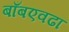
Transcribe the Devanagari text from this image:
बाँबएवढा